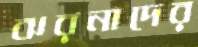
ঝরনাদের